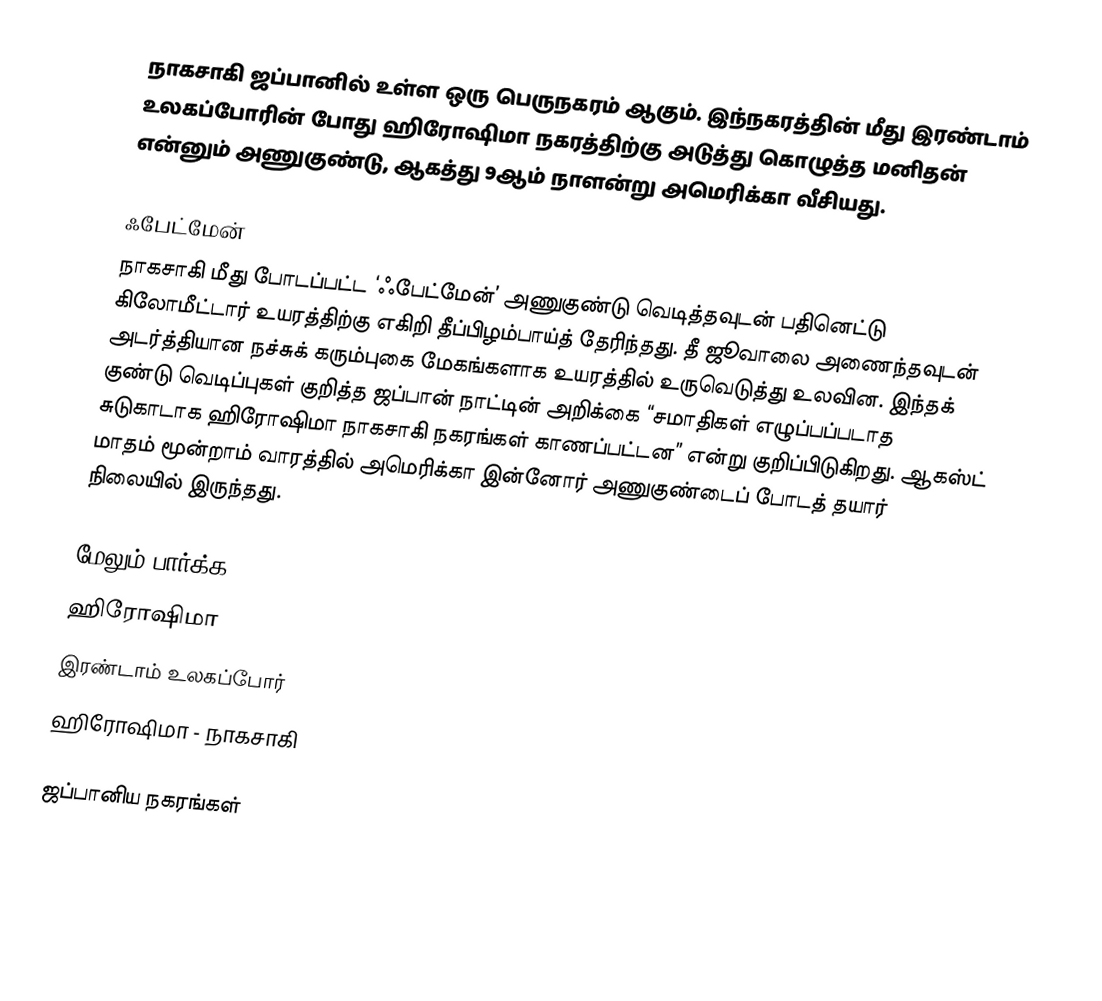
நாகசாகி ஜப்பானில் உள்ள ஒரு பெருநகரம் ஆகும். இந்நகரத்தின் மீது இரண்டாம் உலகப்போரின் போது ஹிரோஷிமா நகரத்திற்கு அடுத்து கொழுத்த மனிதன் என்னும் அணுகுண்டு, ஆகத்து 9ஆம் நாளன்று அமெரிக்கா வீசியது.

ஃபேட்மேன்
நாகசாகி மீது போடப்பட்ட ‘ஃபேட்மேன்’ அணுகுண்டு வெடித்தவுடன் பதினெட்டு கிலோமீட்டார் உயரத்திற்கு எகிறி தீப்பிழம்பாய்த் தேரிந்தது. தீ ஜூவாலை அணைந்தவுடன் அடர்த்தியான நச்சுக் கரும்புகை மேகங்களாக உயரத்தில் உருவெடுத்து உலவின. இந்தக் குண்டு வெடிப்புகள் குறித்த ஜப்பான் நாட்டின் அறிக்கை “சமாதிகள் எழுப்பப்படாத சுடுகாடாக ஹிரோஷிமா நாகசாகி நகரங்கள் காணப்பட்டன” என்று குறிப்பிடுகிறது. ஆகஸ்ட் மாதம் மூன்றாம் வாரத்தில் அமெரிக்கா இன்னோர் அணுகுண்டைப் போடத் தயார் நிலையில் இருந்தது.

மேலும் பார்க்க
 ஹிரோஷிமா
 இரண்டாம் உலகப்போர்
 ஹிரோஷிமா - நாகசாகி

ஜப்பானிய நகரங்கள்